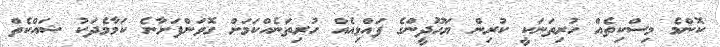
ކޮންމެ މިސްކިތެއް ހުރިތަނަކީ ކުރިން ޔަހޫދީންގެ ފައްޅިއެއް ހުރިތަނެއްކަމަށް ގޮވަންފަށާނެ ކަމާމެދަކު ޝައްކެތް